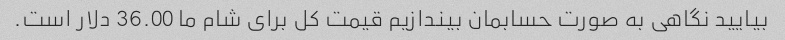
بیایید نگاهی به صورت حسابمان بیندازیم قیمت کل برای شام ما 36.00 دلار است.